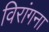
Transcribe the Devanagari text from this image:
विरांगना